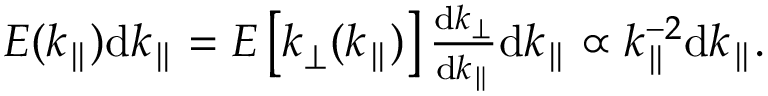
\begin{array} { r } { E ( k _ { \parallel } ) \mathrm { d } k _ { \parallel } = E \left[ k _ { \perp } ( k _ { \parallel } ) \right] \frac { \mathrm { d } k _ { \perp } } { \mathrm { d } k _ { \parallel } } \mathrm { d } k _ { \parallel } \propto k _ { \parallel } ^ { - 2 } \mathrm { d } k _ { \parallel } . } \end{array}